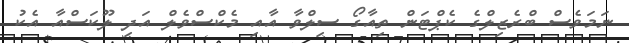
ނަމަވެސް ބްރެޒިލްގެ ކެޕްޓަން ތިއާގޯ ސިލްވާ އާއި މެކްސްވެލް އަދި ލޫކަސްއާ އެކު